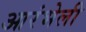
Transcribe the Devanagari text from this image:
आरंभेली